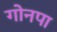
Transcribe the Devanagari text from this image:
गोनपा